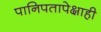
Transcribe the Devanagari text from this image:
पानिपतापेक्षाही